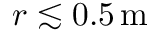
r \lesssim 0 . 5 \ensuremath { \, \mathrm { m } }